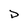
Character: D